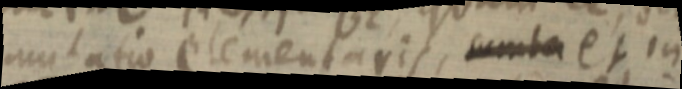
mutatio elementaris, cumta et in